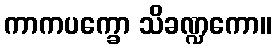
ကာကပက္ခော သိခဏ္ဍကော။